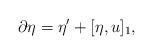
LaTeX: \begin{align*} \partial\eta=\eta'+[\eta,u]_{1},\end{align*}